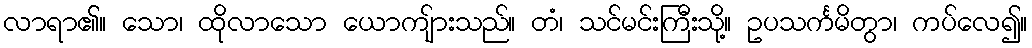
လာရာ၏။ သော၊ ထိုလာသော ယောကျ်ားသည်။ တံ၊ သင်မင်းကြီးသို့။ ဥပသင်္ကမိတွာ၊ ကပ်လေ၍။